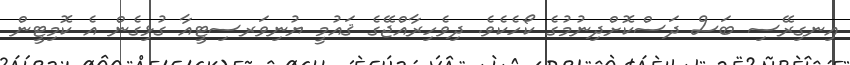
އިނގިރޭސި ބަސް ދަސްކޮށްދިނުމުގެ ކޯހެކެވެ. ދިވެހިރާއްޖޭގެ ޤައުމީ ޔުނިވަރސިޓީއާ ގުޅިގެން އެ ކޮމިޓީން